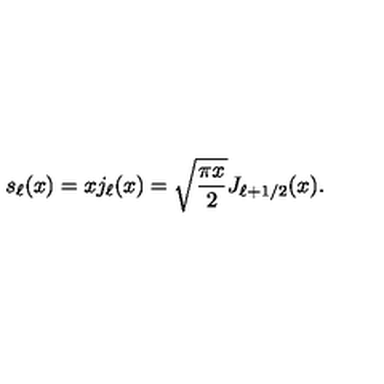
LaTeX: s _ { \ell } ( x ) = x j _ { \ell } ( x ) = \sqrt { { \frac { \pi x } { 2 } } } J _ { { \ell + 1 / 2 } } ( x ) .